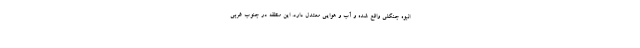
انبوه جنگلی واقع شده و آب و هوایی معتدل دارد. این منطقه در جنوب غربی